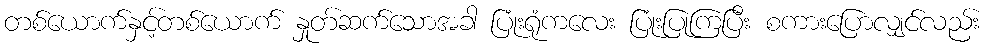
တစ်ယောက်နှင့်တစ်ယောက် နှုတ်ဆက်သောအခါ ပြုံးရုံကလေး ပြုံးပြုကြပြီး စကားပြောလျှင်လည်း